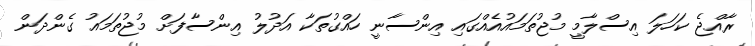
ރާއްޖެ ކަހަލަ އިސްލާމީ މުޖުތަމައުއެއްގައި އިންސާނީ ހައްގުތަކާ އަދުލު އިންސާފަށް މުޖުތަމައު ގެންދަން